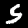
Label: 5